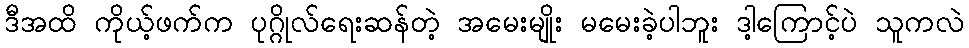
ဒီအထိ ကိုယ့်ဖက်က ပုဂ္ဂိုလ်ရေးဆန်တဲ့ အမေးမျိုး မမေးခဲ့ပါဘူး ဒါ့ကြောင့်ပဲ သူကလဲ